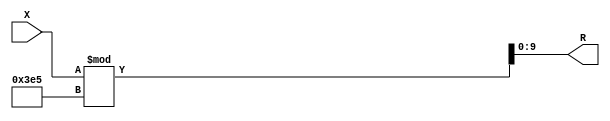
module x_100_mod_997_reg(
    input [100:1] X,
    output [10:1] R
    );


assign R = X % 997;

endmodule